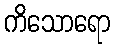
ကိသောရော